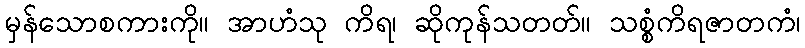
မှန်သောစကားကို။ အာဟံသု ကိရ၊ ဆိုကုန်သတတ်။ သစ္စံကိရဇာတကံ၊